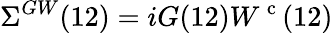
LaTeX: \Sigma^{GW}(12)=iG(12)W^{\mathrm{~c~}}(12)